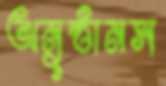
অনুষ্ঠানস